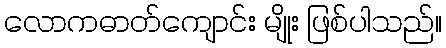
လောကဓာတ်ကျောင်း မျိုး ဖြစ်ပါသည်။